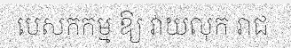
បេសកកម្ម ឱ្យ វាយលុក រាជ